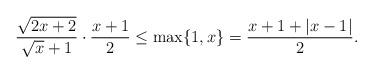
LaTeX: \begin{align*} \frac{\sqrt{2x+2}}{\sqrt{x}+1}\cdot \frac{x+1}{2}\leq \max \{1,x\}=\frac{x+1+|x-1|}{2}.\end{align*}